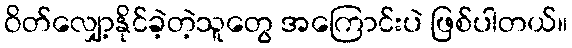
ဝိတ်လျှော့နိုင်ခဲ့တဲ့သူတွေ အကြောင်းပဲ ဖြစ်ပါတယ်။